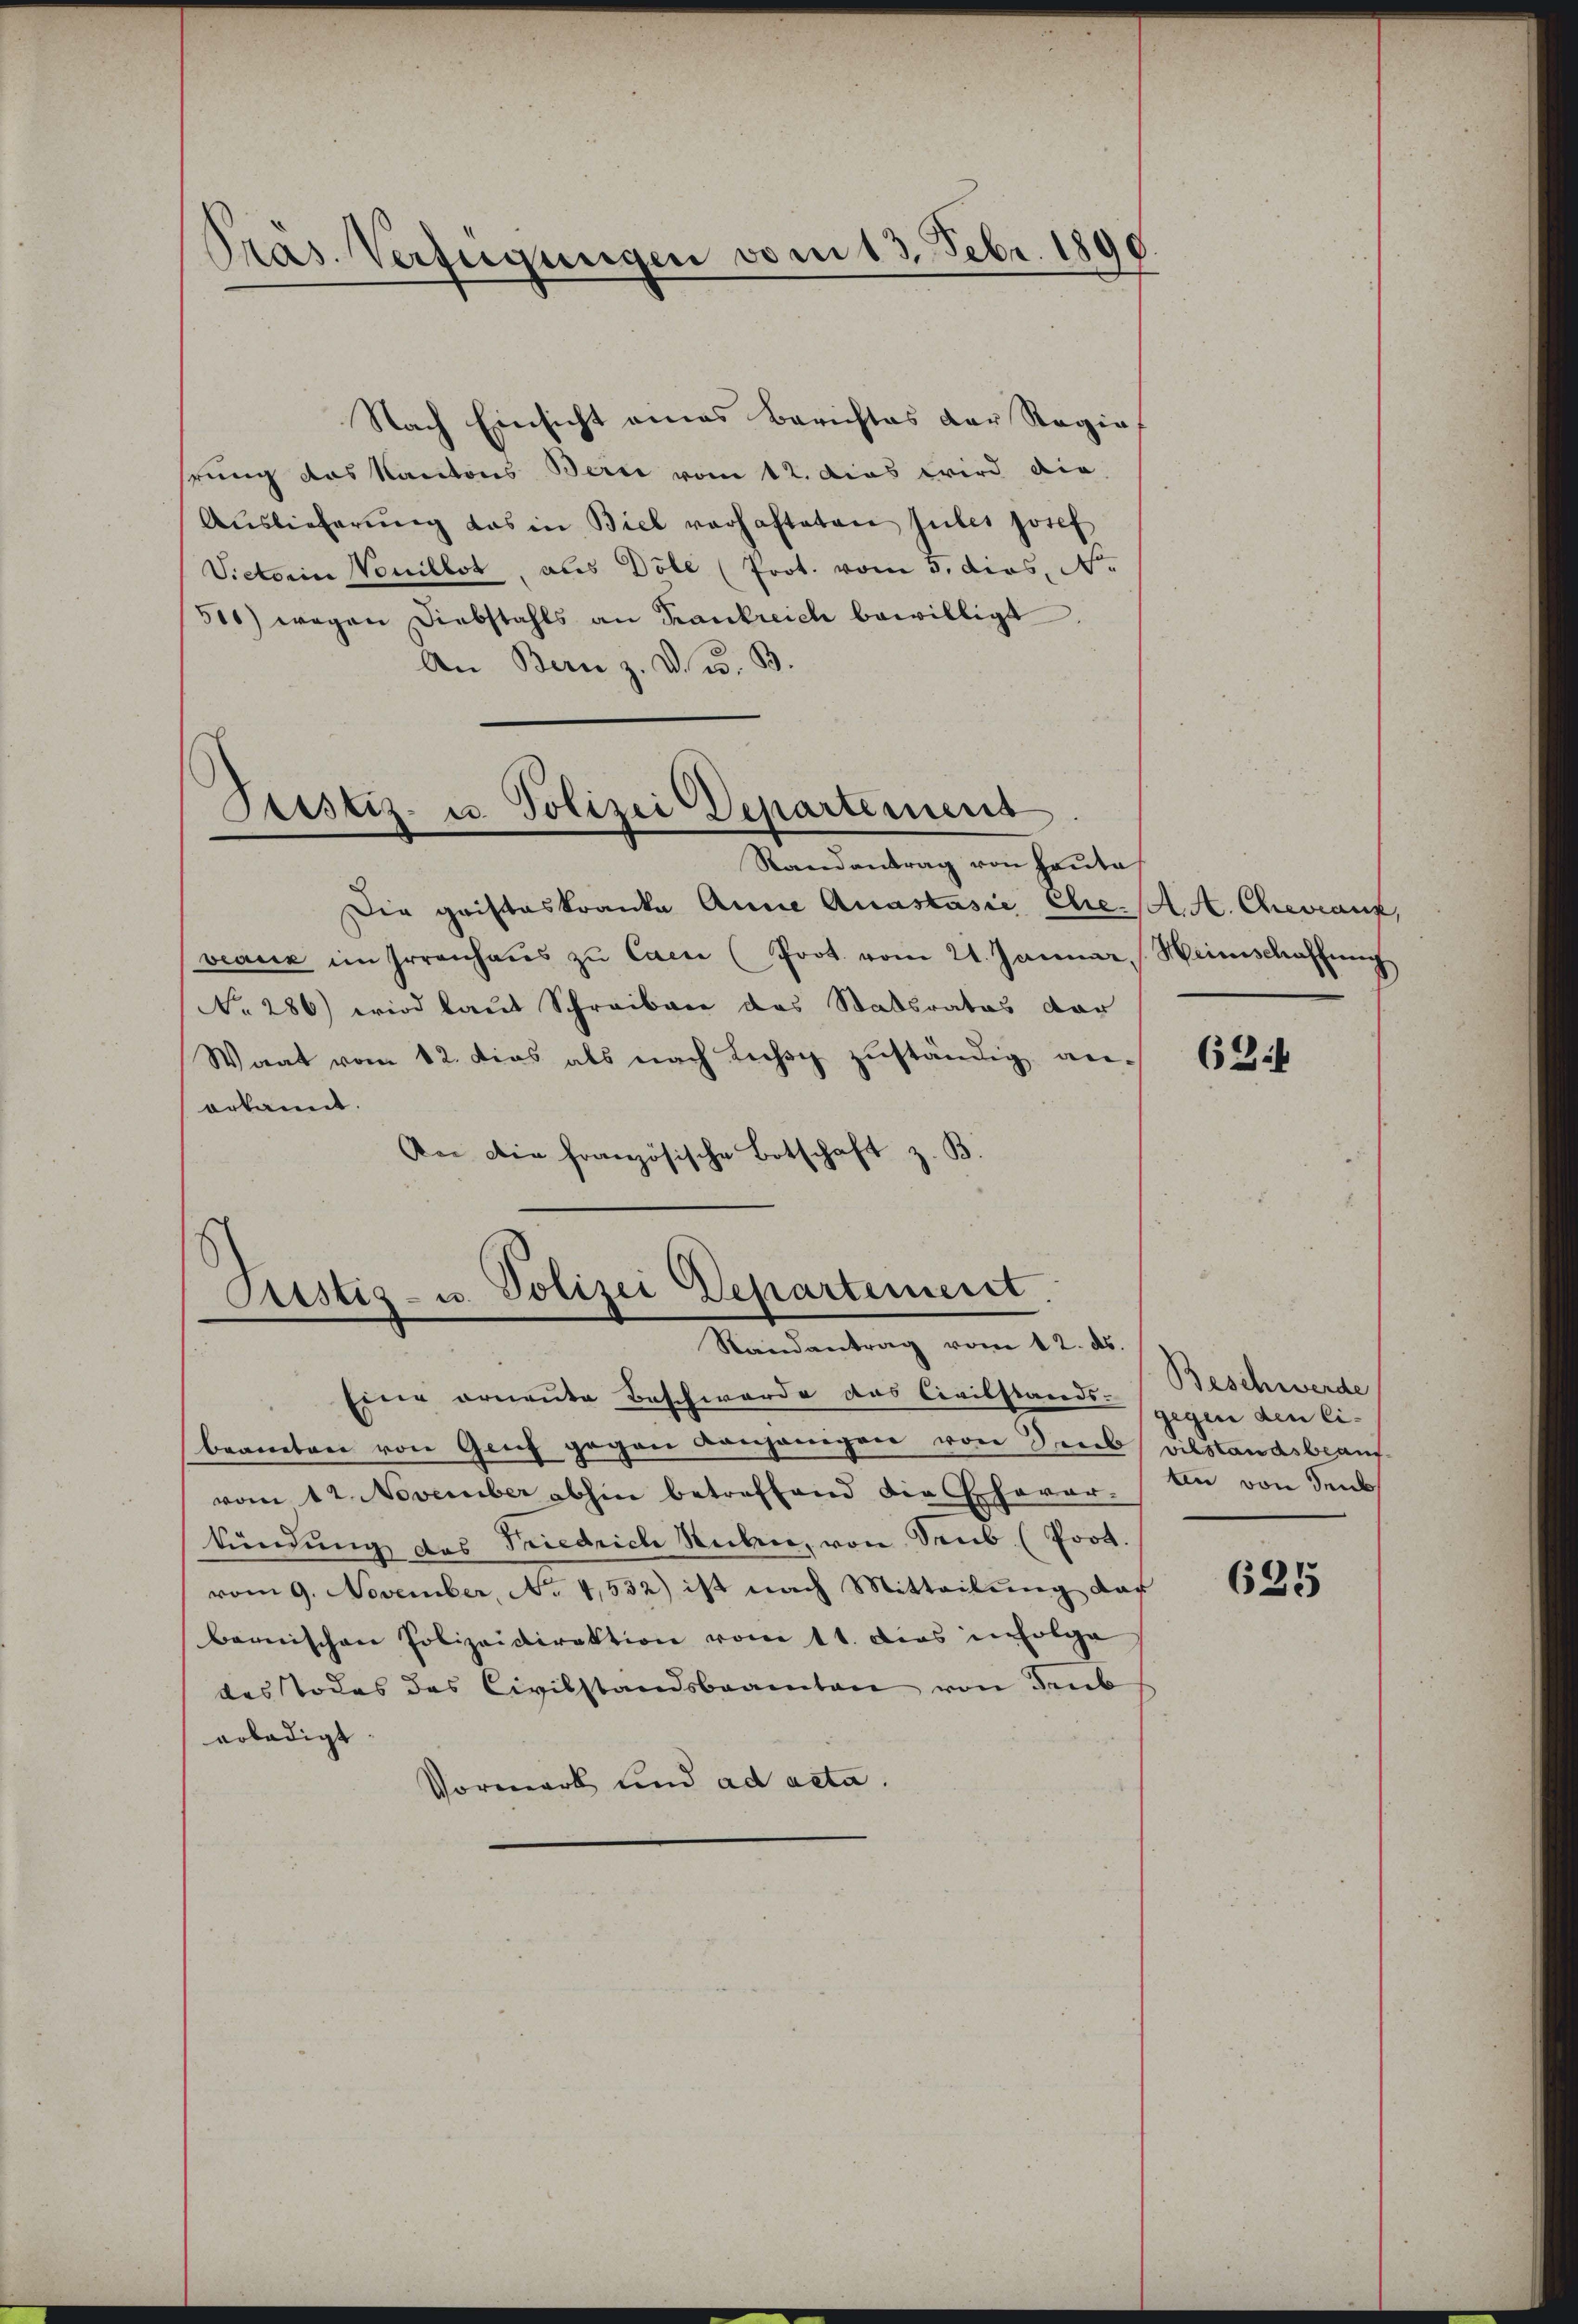
Pras. Verfügungen vom 13. Febr. 1890.

Nach Einsicht eines Berichtes der Regie
hrung das Kantons Berii vom 12. das wird die
Auslieferung das in Biel verhafteten Jubes Josef
Victorin Vanillet, aus Döle (Prot. vom 5. dies. N.
510) wegen Diebstahls an Krankreich bewilligt.
An Bern z. D. u. B.

Pristiz- u. Polizei Departement
Randantrag von Haute

Die gristeskranke Anne Anastasie Ehe. A. A. Chevaux,
veaux im Irrenhaŭs zŭ Caere (Prot. vom 21. Januar Heimschaffung
No. 286) wird laut Schreiben das Statsrates dar
Waat vom 12. dies als nach Lechy zŭständig an-
erkannt.
An die französische Botschaft z. B.

Cristiz- u. Polizei Departement
Randantrag vom 12. ds.

Einer ornente Beschwerde das Civilstands-
beanten von Geif gegen Konjenigen von Drubs vilstandsbeauf
vom 12. November abhin betreffend die Ehever-
kündung des Friedrich Ruben, von Seub (Prot.
vom 9. November, No 4,532) ist nach Mitteilung das
bernischen Polizeidirektion vom 11. Dies infolge
des Todes des Civilstandsbeamten von deut
arbädigt
Vormark und ad acta.

63

Beschwerde
gegen den Citin von den

625